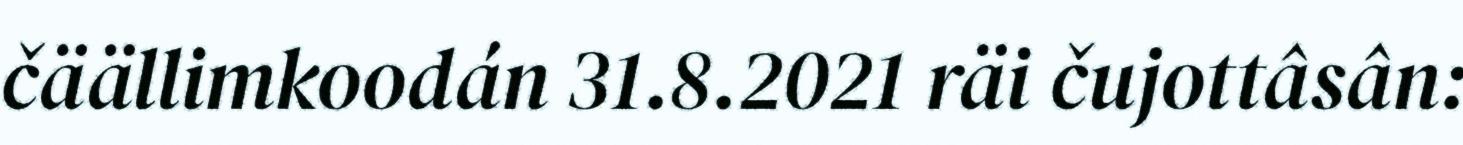
čäällimkoodán 31.8.2021 räi čujottâsân: